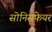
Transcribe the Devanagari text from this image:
सोनिसफेयर